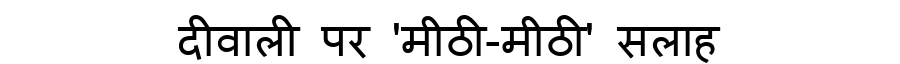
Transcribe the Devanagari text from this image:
दीवाली पर 'मीठी-मीठी' सलाह